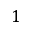
1